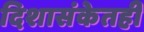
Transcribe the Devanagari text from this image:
दिशासंकेतही